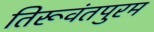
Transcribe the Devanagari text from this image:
तिरूवंतपुरम